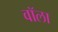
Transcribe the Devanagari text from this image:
वॉला